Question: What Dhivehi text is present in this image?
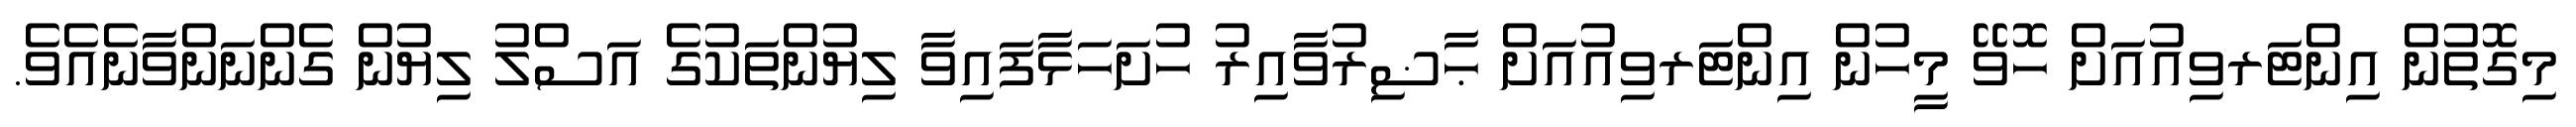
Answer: މިގޮތުން އިންޓަރވިއުއަށް ހޮވޭ މީހުން އިންޓަރވިއުއަށް ޙާޟިރުވާއިރު ހުށަހަޅާފައިވާ ލިޔުންތަކުގެ އަސްލު ލިޔުން ގެންނަންވާނެއެވެ.